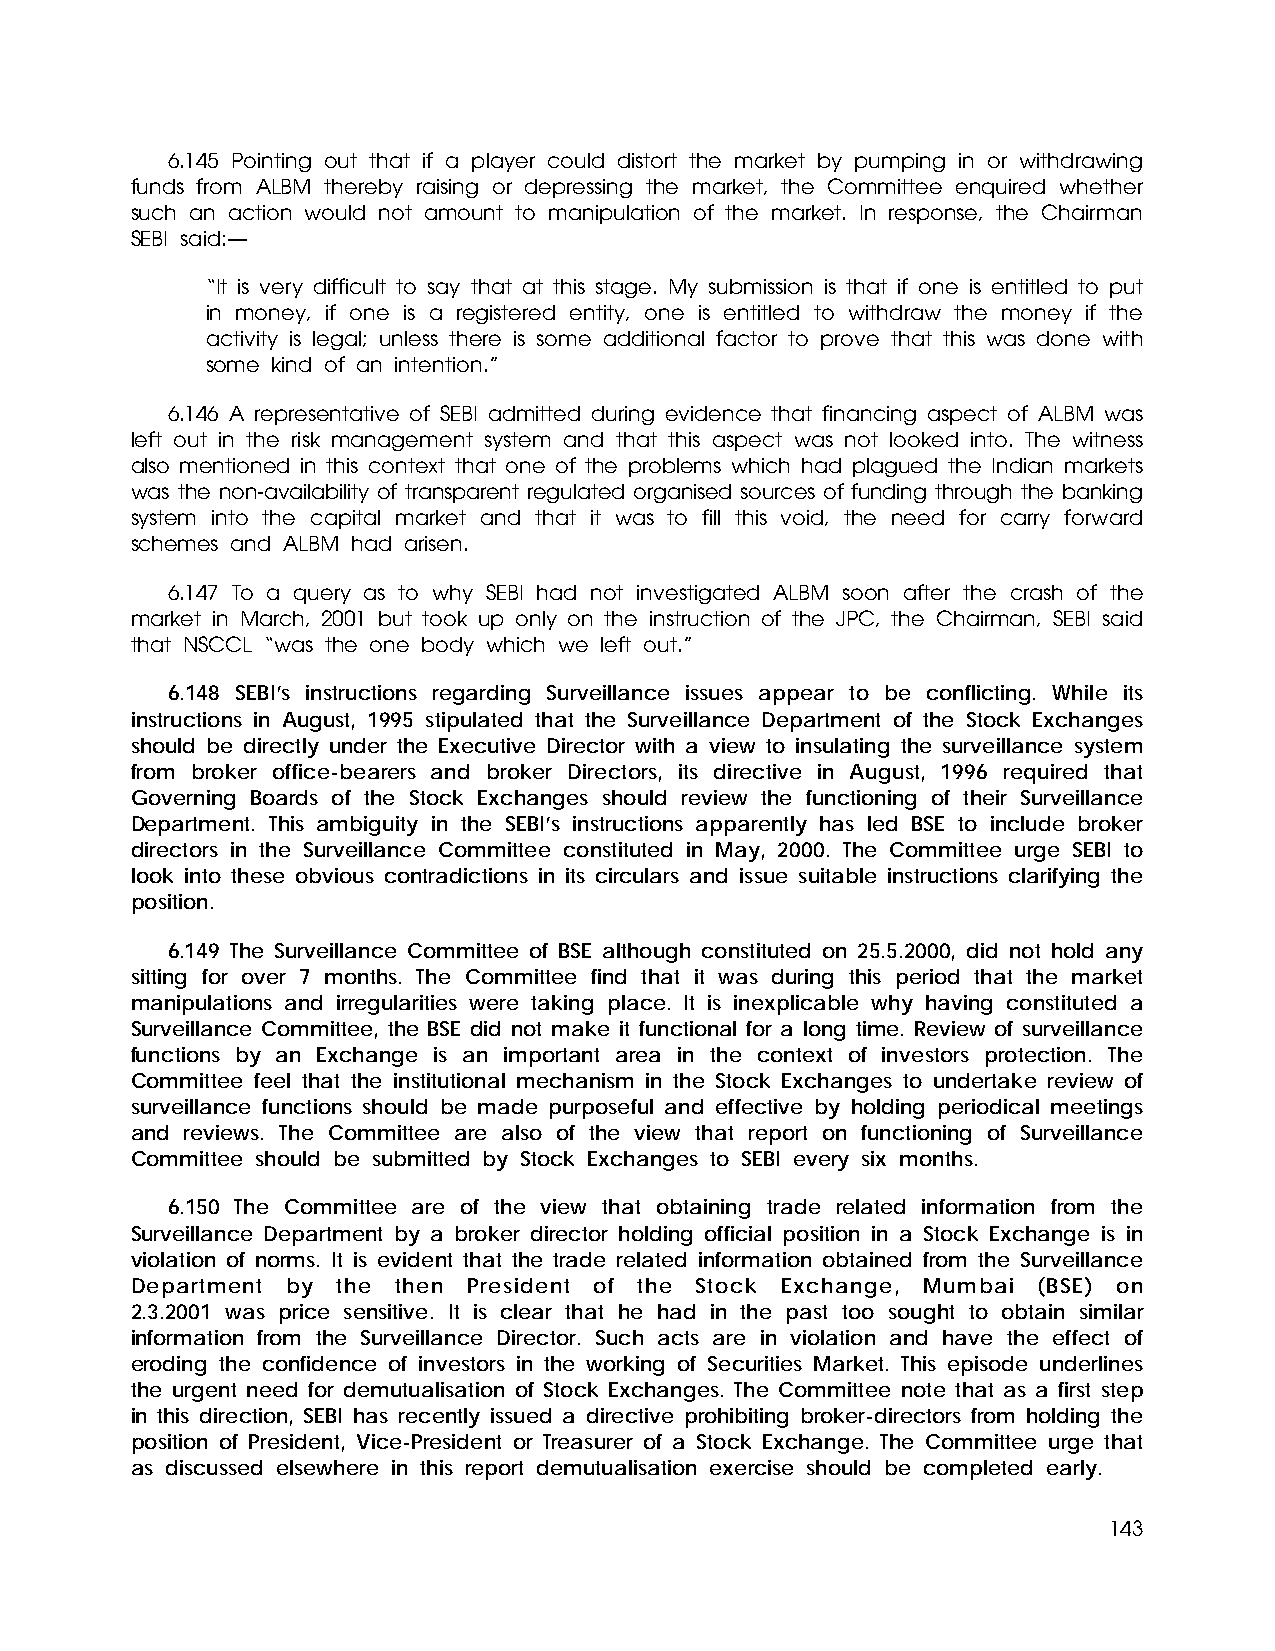
6.145 Pointing out that if a player could distort the market by pumping in or withdrawing
 funds from ALBM thereby raising or depressing the market, the Committee enquired whether
 such an action would not amount to manipulation of the market. In response, the Chairman
 SEBI said:—
 “It is very difficult to say that at this stage. My submission is that if one is entitled to put
 in money, if one is a registered entity, one is entitled to withdraw the money if the
 activity is legal; unless there is some additional factor to prove that this was done with
 some kind of an intention.”
 6.146 A representative of SEBI admitted during evidence that financing aspect of ALBM was
 left out in the risk management system and that this aspect was not looked into. The witness
 also mentioned in this context that one of the problems which had plagued the Indian markets
 was the non-availability of transparent regulated organised sources of funding through the banking
 system into the capital market and that it was to fill this void, the need for carry forward
 schemes and ALBM had arisen.
 6.147 To a query as to why SEBI had not investigated ALBM soon after the crash of the
 market in March, 2001 but took up only on the instruction of the JPC, the Chairman, SEBI said
 that NSCCL “was the one body which we left out.”
 6.148 SEBI’s instructions regarding Surveillance issues appear to be conflicting. While its
 instructions in August, 1995 stipulated that the Surveillance Department of the Stock Exchanges
 should be directly under the Executive Director with a view to insulating the surveillance system
 from broker office-bearers and broker Directors, its directive in August, 1996 required that
 Governing Boards of the Stock Exchanges should review the functioning of their Surveillance
 Department. This ambiguity in the SEBI’s instructions apparently has led BSE to include broker
 directors in the Surveillance Committee constituted in May, 2000. The Committee urge SEBI to
 look into these obvious contradictions in its circulars and issue suitable instructions clarifying the
 position.
 6.149 The Surveillance Committee of BSE although constituted on 25.5.2000, did not hold any
 sitting for over 7 months. The Committee find that it was during this period that the market
 manipulations and irregularities were taking place. It is inexplicable why having constituted a
 Surveillance Committee, the BSE did not make it functional for a long time. Review of surveillance
 functions by an Exchange is an important area in the context of investors protection. The
 Committee feel that the institutional mechanism in the Stock Exchanges to undertake review of
 surveillance functions should be made purposeful and effective by holding periodical meetings
 and reviews. The Committee are also of the view that report on functioning of Surveillance
 Committee should be submitted by Stock Exchanges to SEBI every six months.
 6.150 The Committee are of the view that obtaining trade related information from the
 Surveillance Department by a broker director holding official position in a Stock Exchange is in
 violation of norms. It is evident that the trade related information obtained from the Surveillance
 Department by the then President of the Stock Exchange, Mumbai (BSE) on
 2.3.2001 was price sensitive. It is clear that he had in the past too sought to obtain similar
 information from the Surveillance Director. Such acts are in violation and have the effect of
 eroding the confidence of investors in the working of Securities Market. This episode underlines
 the urgent need for demutualisation of Stock Exchanges. The Committee note that as a first step
 in this direction, SEBI has recently issued a directive prohibiting broker-directors from holding the
 position of President, Vice-President or Treasurer of a Stock Exchange. The Committee urge that
 as discussed elsewhere in this report demutualisation exercise should be completed early.
 143